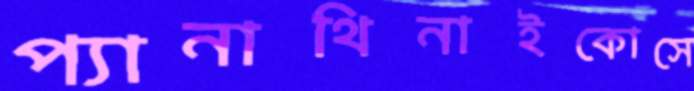
প্যানাথিনাইকোসে